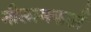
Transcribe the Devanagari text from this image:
नीलामकर्ता